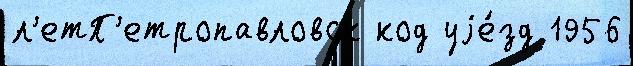
л'етП'етропавловск код уjе́зд 1956